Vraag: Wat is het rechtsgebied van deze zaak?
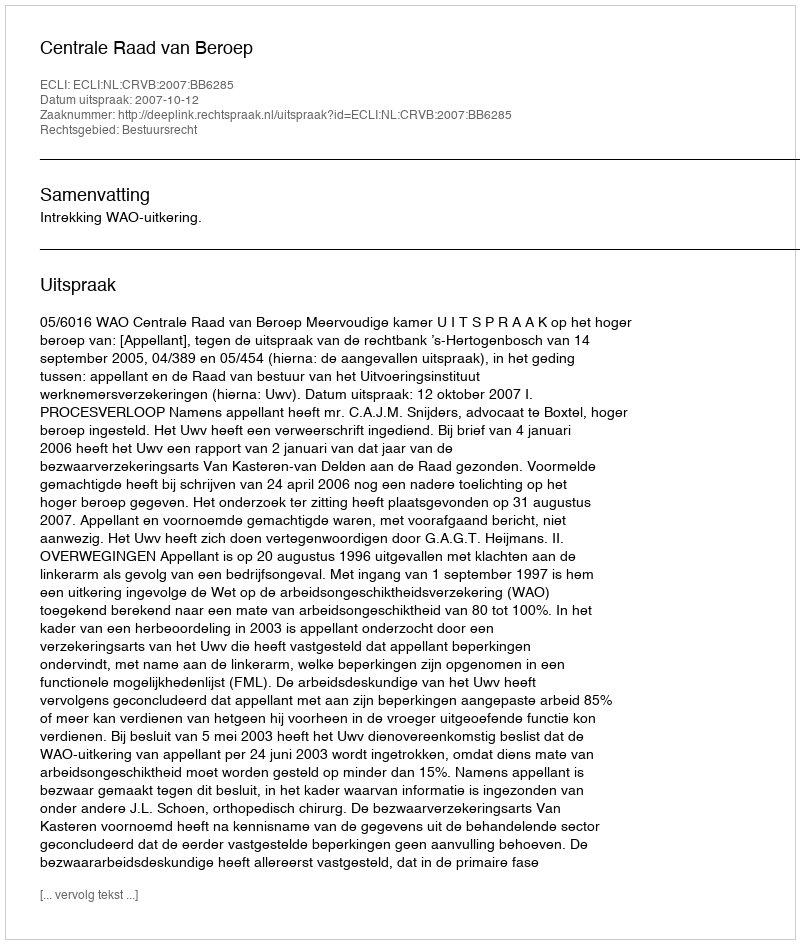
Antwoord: Bestuursrecht